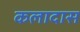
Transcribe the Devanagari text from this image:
कलादास